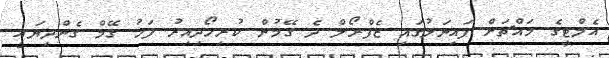
އެލްޓީގެ މައްޗަށް ފައިނަލުގައި ޒެފްރޯލް ދެ ގޭމުން ކުރިހޯދިއިރު ފަހު ގޭމް ގެންދިޔައީ